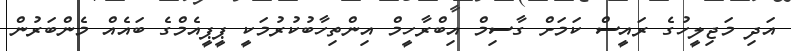
އަދި މަޖިލީހުގެ ރައީސް ކަމަށް ގާސިމް އިބްރާހީމް އިންތިހާބުކުރުމަކީ ޕީޕީއެމްގެ ބައެެއް މެންބަރުން